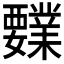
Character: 𰴍